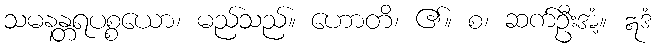
သမနန္တရပစ္စယော၊ မည်သည်။ ဟောတိ၊ ၏။ စ၊ ဆက်ဦးအံ့။ ဣဒံ